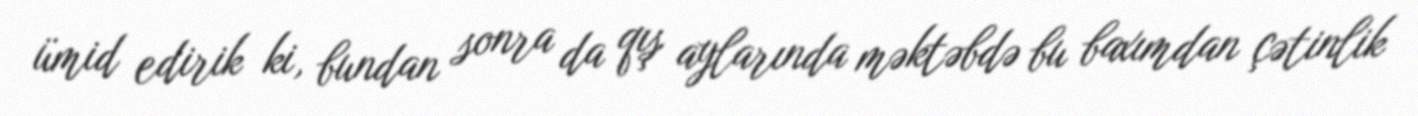
ümid edirik ki, bundan sonra da qış aylarında məktəbdə bu baxımdan çətinlik